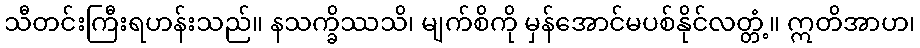
သီတင်းကြီးရဟန်းသည်။ နသက္ခိဿသိ၊ မျက်စိကို မှန်အောင်မပစ်နိုင်လတ္တံ့။ ဣတိအာဟ၊